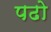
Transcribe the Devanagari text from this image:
पढो